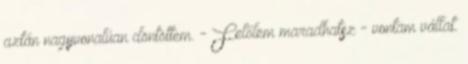
aztán nagyvonalúan döntöttem. - Felőlem maradhatsz - vontam vállat.